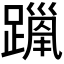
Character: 𫏦